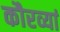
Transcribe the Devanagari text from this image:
कौरव्यां